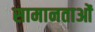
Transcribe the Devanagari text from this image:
सामानताओं